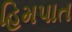
હિમપાત